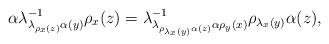
LaTeX: \begin{align*}\alpha\lambda_{\lambda_{\rho_{x}(z)}\alpha(y)}^{-1}\rho_{x}(z)=\lambda_{\lambda_{\rho_{\lambda_{x}(y)}\alpha(z)}\alpha\rho_{y}(x)}^{-1}\rho_{\lambda_{x}(y)}\alpha(z),\end{align*}